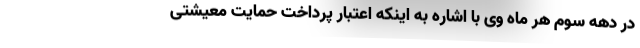
در دهه سوم هر ماه وی با اشاره به اینکه اعتبار پرداخت حمایت معیشتی